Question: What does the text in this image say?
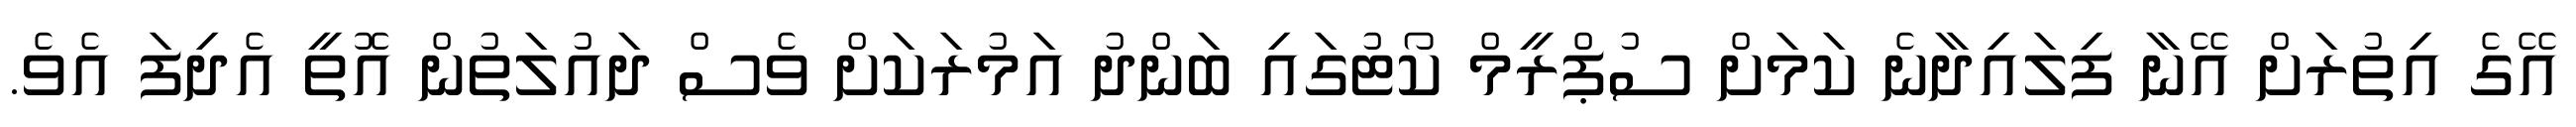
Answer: އޭގެ އިތުރަށް އޭނާ ފިލައިދާނެ ކަމަށް ސުޕްރީމް ކޯޓުގައި ބަންދު އަމުރަކަށް ވެސް ދައުލަތުން އޮތީ އެދިފަ އެވެ.